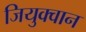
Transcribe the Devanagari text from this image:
जियुक्वान